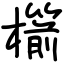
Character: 櫤